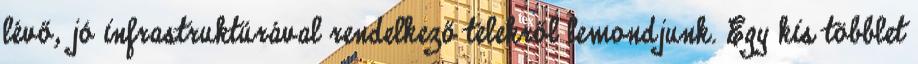
lévő, jó infrastruktúrával rendelkező telekről lemondjunk. Egy kis többlet